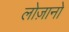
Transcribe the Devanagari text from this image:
लोज़ानो